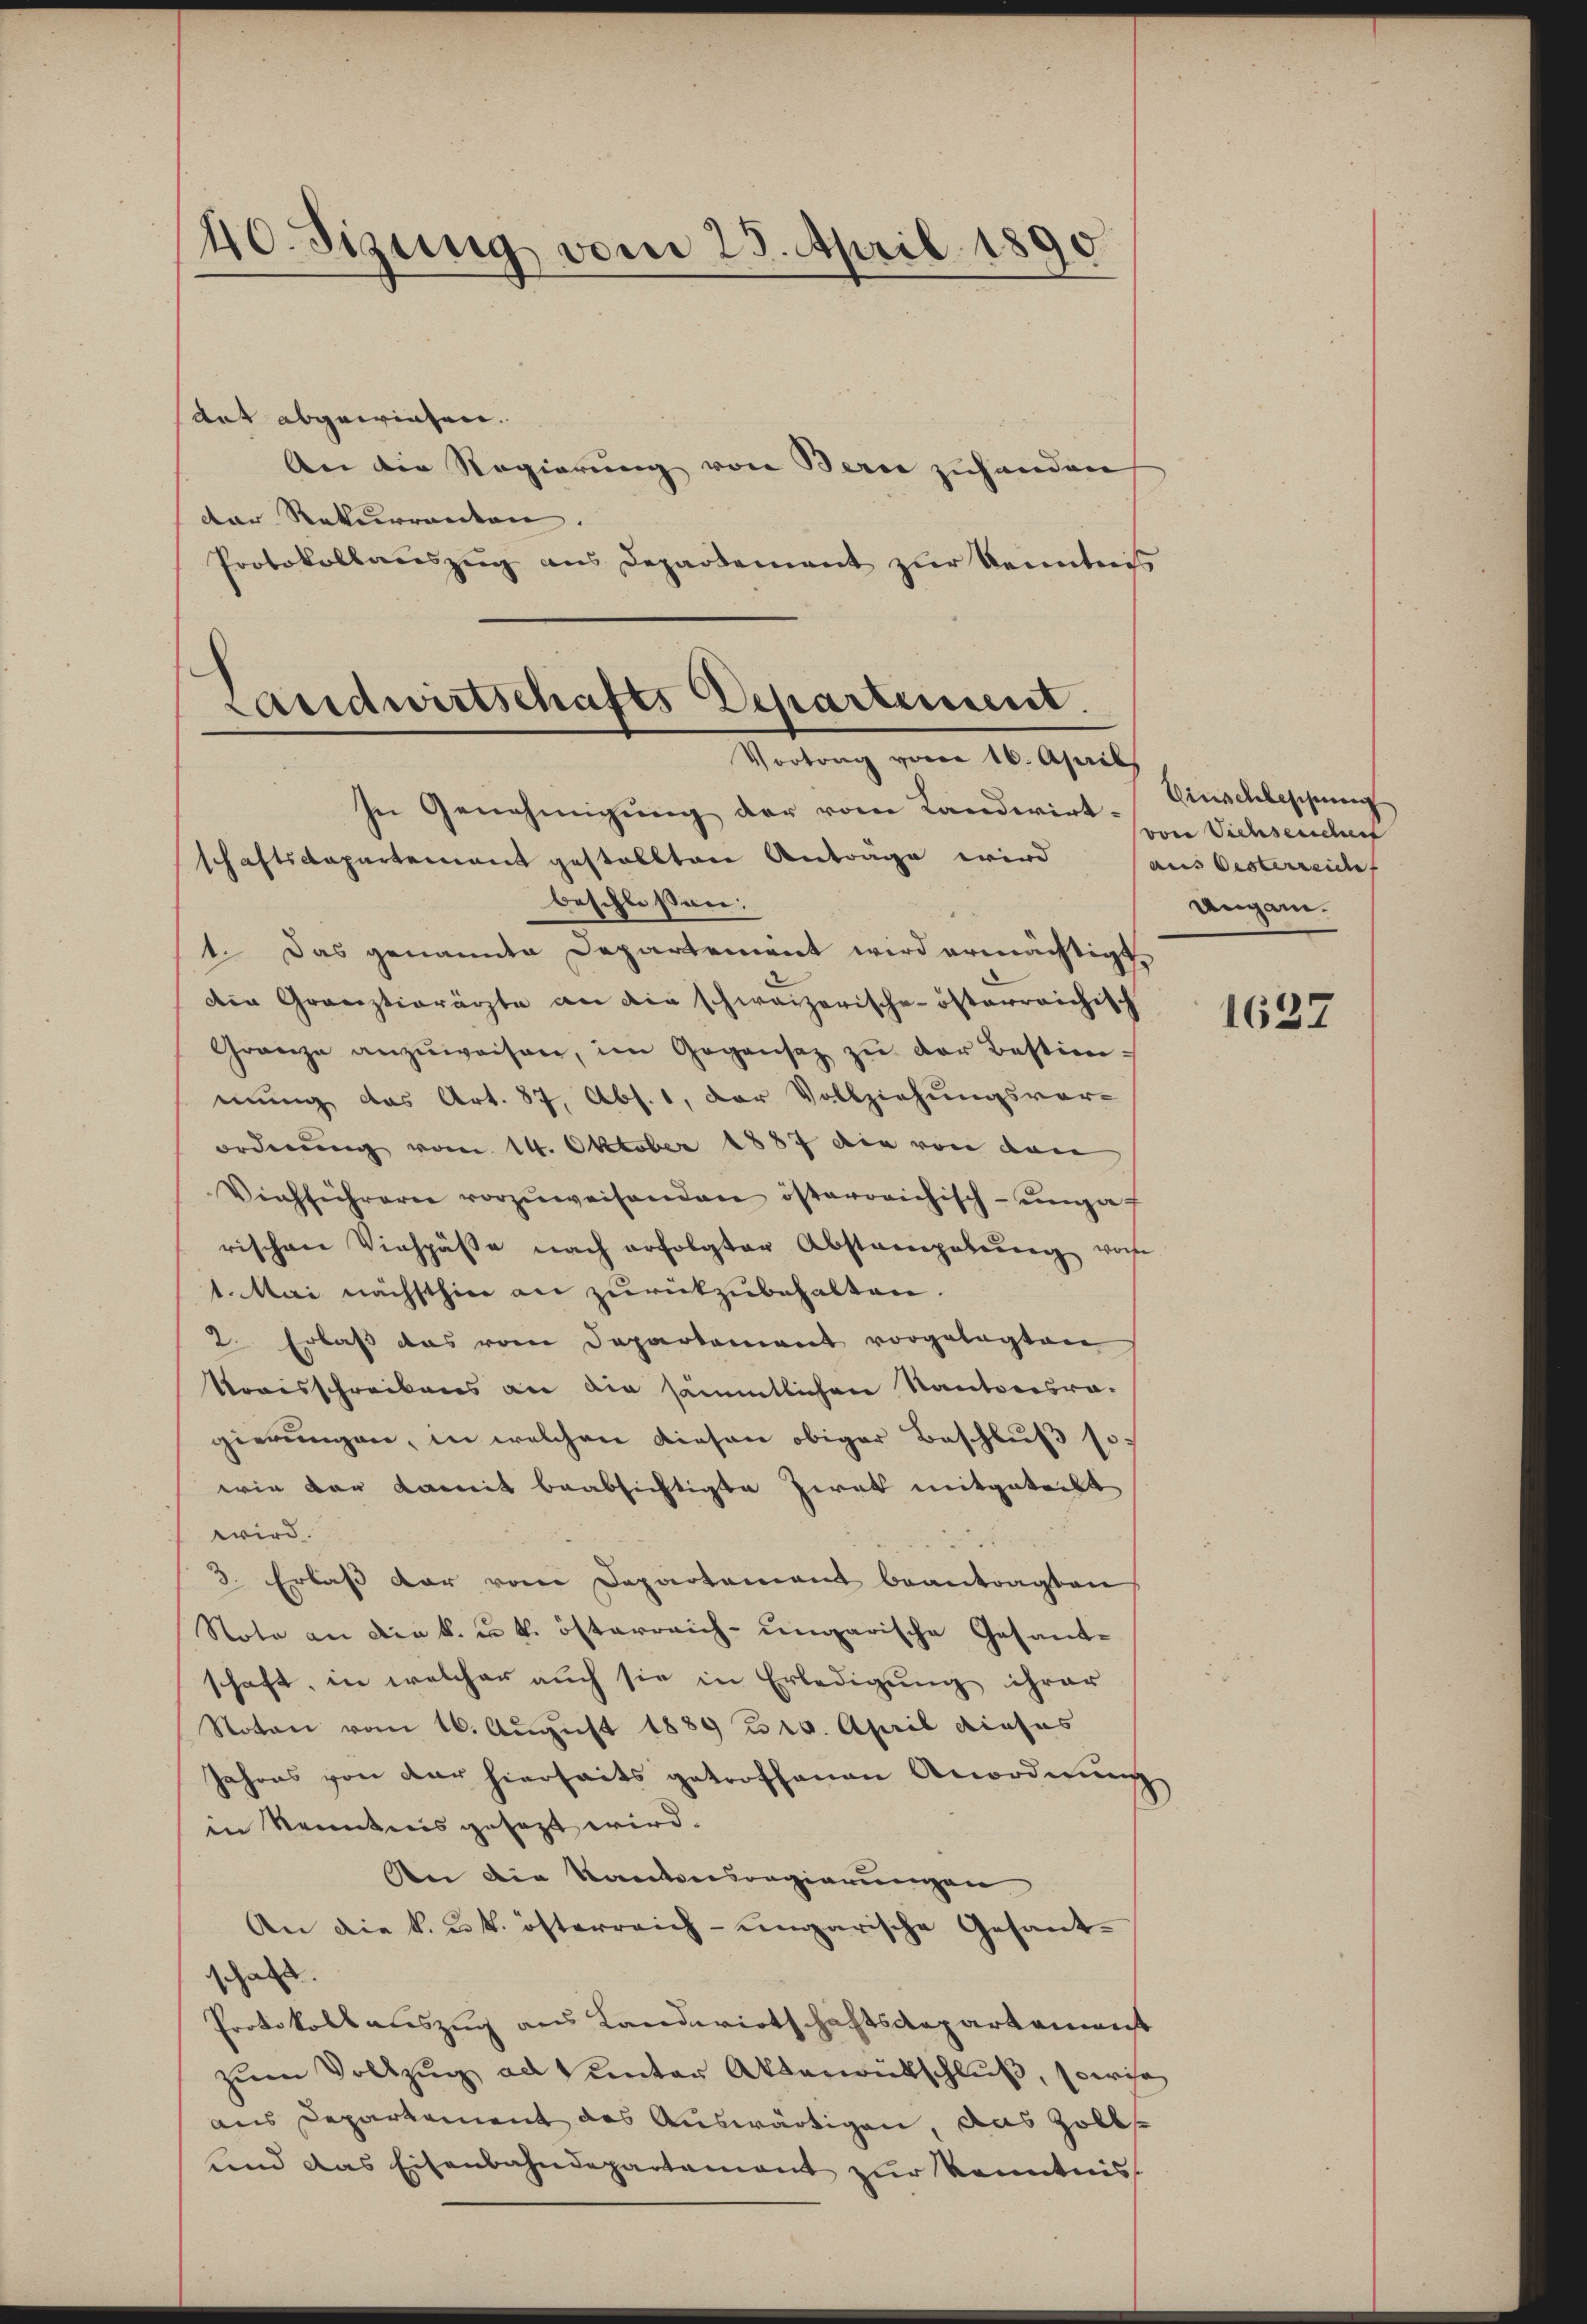
40. Sizung vom 25. April 1890

sart abgewiesen.
An die Regierung von Bern zuhanden
der Rekurrenten.
Protokollauszug aus Departement zŭr Kenntnis

Landwirtschafts Departement.
Vortrag vom 16. April
In Genehmigung der vom Landwirt-
schaftsdepartement gestallten Antrage wird aus Oesterreiches

beschloßen:
1. Das genannte Departement wird ermächtigt
den Grauztiorärzte an die schweizerische österreichisch
Gränze anzŭweisen, im Gegensatz zŭ der Bestimmung das Art. 87, Abs. 1, der Vollziehungsvor-
ordnung vom 14. Oktober 1887 die von den
Viehführern vorzŭweisenden österreichisch-unga
rischen Viehpäβe nach erfolgter Abstampelung vo
1. Mai nächsthin an zurückzubehalten.
2. Erlass das vom Departement vorgelegten
Kraisschreibens an die sämmtlichen Kantonsra-
gierŭngen, in welchen diesen obiger Beschluß sowie der Komit beabsichtigte Zwek mitgetent
wird.
3. Erlaß der vom Departement beantragten
Note an die k. u. k. österreich-ungarische Gesandschaft, in welcher auch sie in Erledigung ihrer
Noton vom 16. August 1889 n 16. April dieses
Jahres von der hierseits getroffenen Anordnung
in Kenntnis gesezt wird.
An die Kantonsregierungen
An die k. u. k. österreich-ungarische Gesandchale
Protokollauszug aus Landwirtschaftsdepartement
zum Vollzug ad unter Aktenrütschluß, sowie
aus Departement des Auswärtigen, das Zoll¬
und das Eisenbahndepartement zur Kenntnis

Einschleschung
von Vichsenschert
Augam.

1627